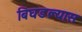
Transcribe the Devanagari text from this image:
बिघडल्यास